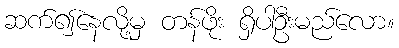
ဆက်၍နေလို့မှ တန်ဖိုး ရှိပါဦးမည်လော။